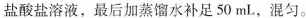
盐酸盐溶液，最后加蒸馏水补足50mL，混匀。